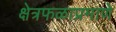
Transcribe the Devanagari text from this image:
क्षेत्रफळाप्रमाणे